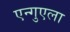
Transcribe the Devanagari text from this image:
एन्गुएला